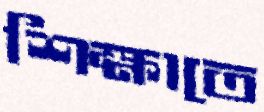
শিক্ষাতে